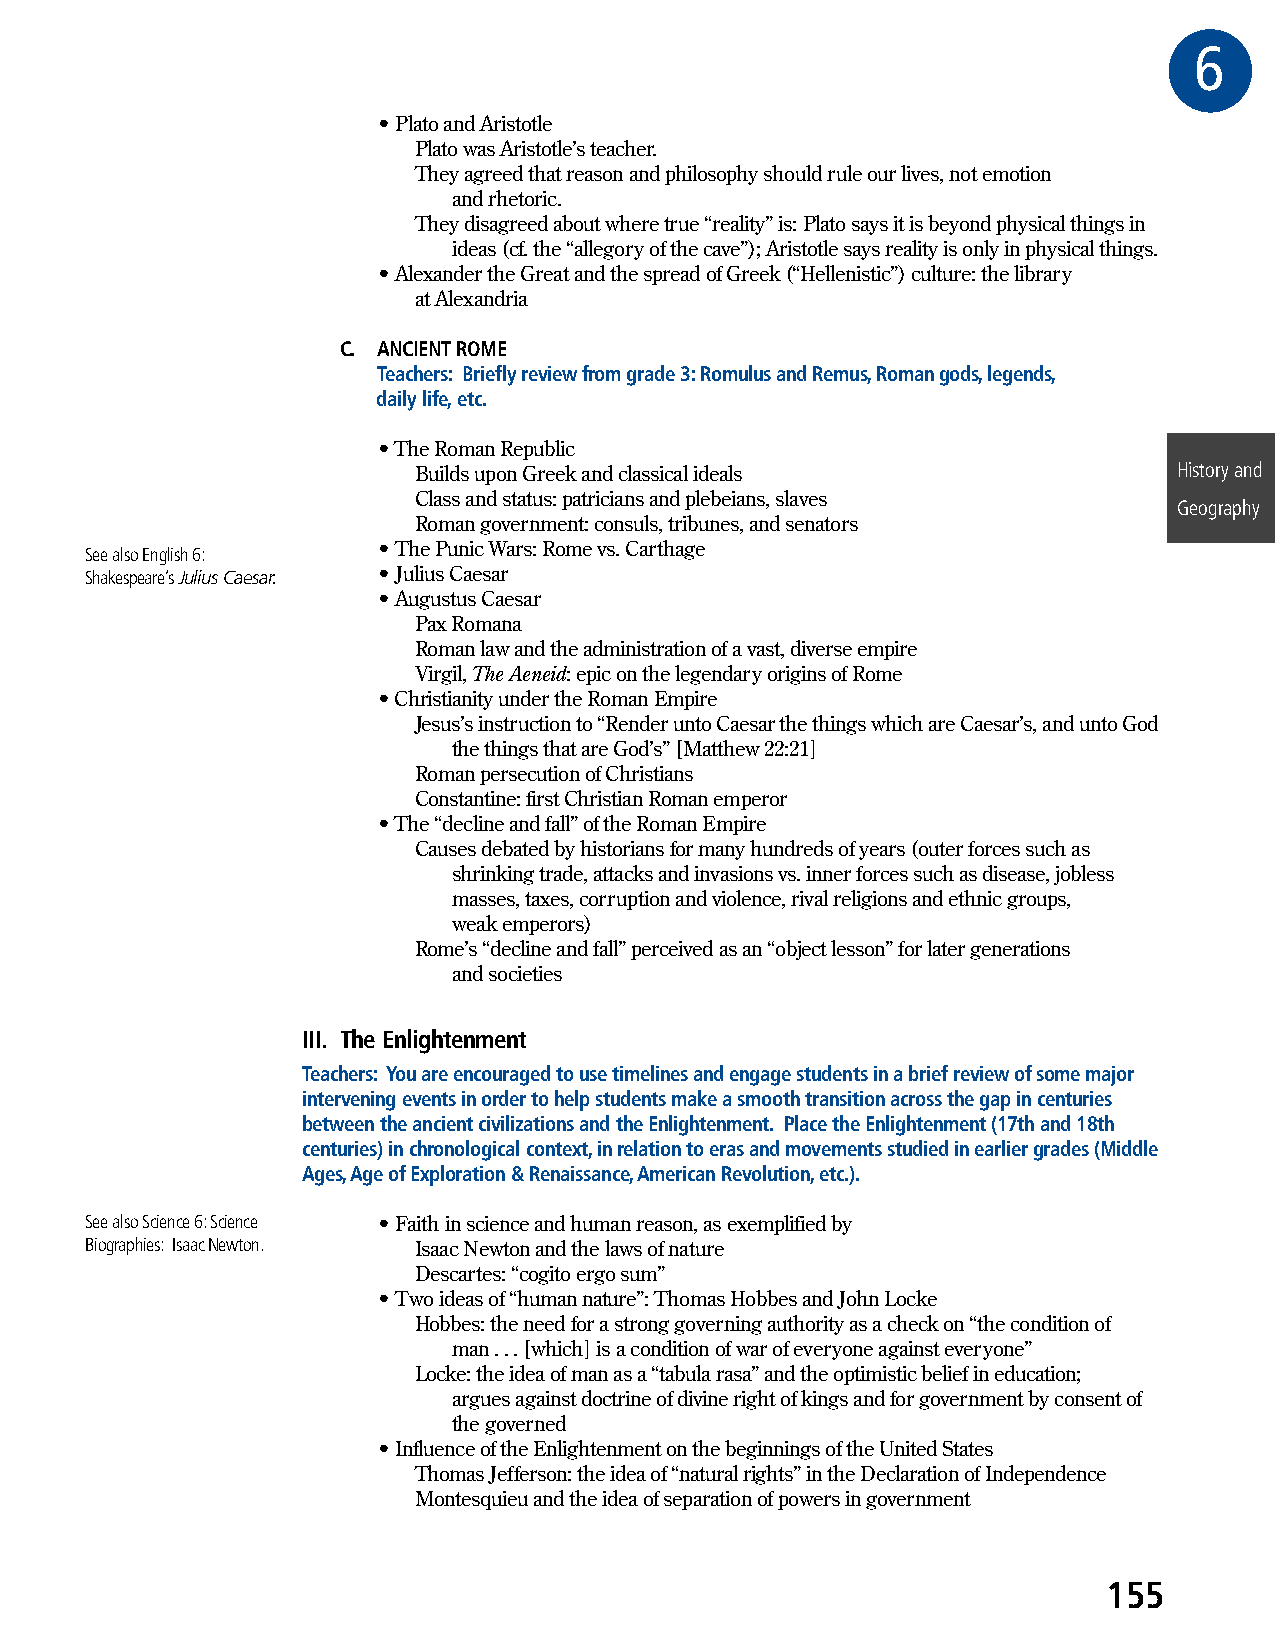
6GR
 • Plato and Aristotle
 Plato was Aristotle’s teacher.
 They agreed that reason and philosophy should rule our lives, not emotion
 and rhetoric.
 They disagreed about where true “reality” is: Plato says it is beyond physical things in
 ideas (cf. the “allegory of the cave”); Aristotle says reality is only in physical things.
 • Alexander the Great and the spread of Greek (“Hellenistic”) culture: the library
 at Alexandria
 C. ANCIENT ROME
 Teachers: Briefly review from grade 3: Romulus and Remus, Roman gods, legends,
 daily life, etc.
 • The Roman Republic
 Builds upon Greek and classical ideals             History and
 Class and status: patricians and plebeians, slaves
 Geography
 Roman government: consuls, tribunes, and senators
 • The Punic Wars: Rome vs. Carthage
 See also English 6:
 Shakespeare’s Julius Caesar. • Julius Caesar
 • Augustus Caesar
 Pax Romana
 Roman law and the administration of a vast, diverse empire
 Virgil, The Aeneid: epic on the legendary origins of Rome
 • Christianity under the Roman Empire
 Jesus’s instruction to “Render unto Caesar the things which are Caesar’s, and unto God
 the things that are God’s” [Matthew 22:21]
 Roman persecution of Christians
 Constantine: first Christian Roman emperor
 • The “decline and fall” of the Roman Empire
 Causes debated by historians for many hundreds of years (outer forces such as
 shrinking trade, attacks and invasions vs. inner forces such as disease, jobless
 masses, taxes, corruption and violence, rival religions and ethnic groups,
 weak emperors)
 Rome’s “decline and fall” perceived as an “object lesson” for later generations
 and societies
 III. The Enlightenment
 Teachers: You are encouraged to use timelines and engage students in a brief review of some major
 intervening events in order to help students make a smooth transition across the gap in centuries
 between the ancient civilizations and the Enlightenment. Place the Enlightenment (17th and 18th
 centuries) in chronological context, in relation to eras and movements studied in earlier grades (Middle
 Ages, Age of Exploration & Renaissance, American Revolution, etc.).
 See also Science 6: Science • Faith in science and human reason, as exemplified by
 Biographies: Isaac Newton. Isaac Newton and the laws of nature
 Descartes: “cogito ergo sum”
 • Two ideas of “human nature”: Thomas Hobbes and John Locke
 Hobbes: the need for a strong governing authority as a check on “the condition of
 man . . . [which] is a condition of war of everyone against everyone”
 Locke: the idea of man as a “tabula rasa” and the optimistic belief in education;
 argues against doctrine of divine right of kings and for government by consent of
 the governed
 • Influence of the Enlightenment on the beginnings of the United States
 Thomas Jefferson: the idea of “natural rights” in the Declaration of Independence
 Montesquieu and the idea of separation of powers in government
 155